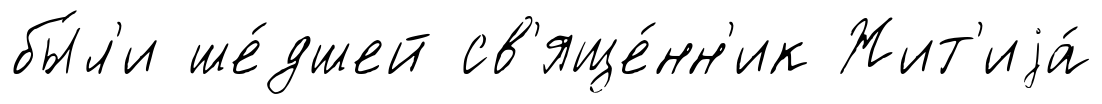
бы́л'и ше́дшей св'яще́нн'ик Жит'иjа́